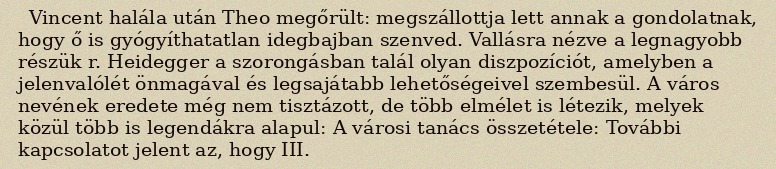
Vincent halála után Theo megőrült: megszállottja lett annak a gondolatnak, hogy ő is gyógyíthatatlan idegbajban szenved. Vallásra nézve a legnagyobb részük r. Heidegger a szorongásban talál olyan diszpozíciót, amelyben a jelenvalólét önmagával és legsajátabb lehetőségeivel szembesül. A város nevének eredete még nem tisztázott, de több elmélet is létezik, melyek közül több is legendákra alapul: A városi tanács összetétele: További kapcsolatot jelent az, hogy III.